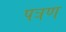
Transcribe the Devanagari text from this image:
पत्रण